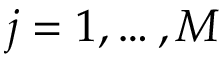
j = 1 , \ldots , M